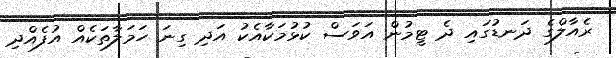
ރެއާލްގެ ދަނޑުގައި ދެ ޓީމުން އަވަސް ކުޅުމަކާއެކު އަދި ގިނަ ހަމަލާތަކެއް އުފެއްދި